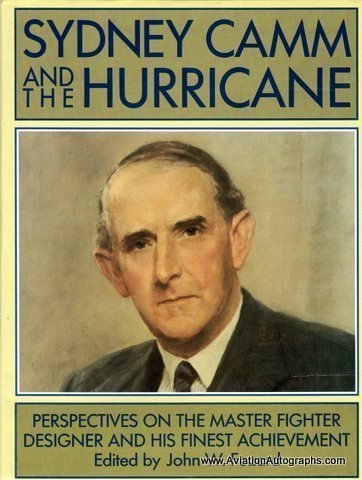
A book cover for SYDNEY CAMM & HURRICANE; Science & Math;